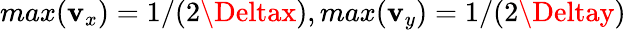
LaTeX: max(\mathbf{v}_{x})=1/(2\Deltax),max(\mathbf{v}_{y})=1/(2\Deltay)